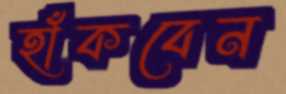
হাঁকবেন